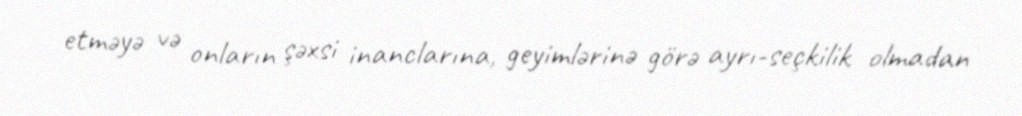
etməyə və onların şəxsi inanclarına, geyimlərinə görə ayrı-seçkilik olmadan